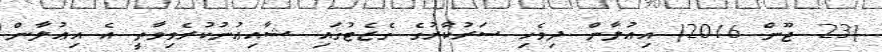
(23 ޖޫން 2016) އިޢުލާން ދިވެހި ސަރުކާރުގެ ގެޒެޓުގައި ޝާއިޢުނުކުރެވިވާތީ އެ އިޢުލާން